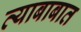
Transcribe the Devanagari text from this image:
त्याबाबात